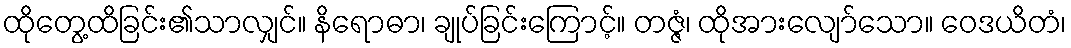
ထိုတွေ့ထိခြင်း၏သာလျှင်။ နိရောဓာ၊ ချုပ်ခြင်းကြောင့်။ တဇ္ဇံ၊ ထိုအားလျော်သော။ ဝေဒယိတံ၊